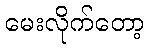
မေးလိုက်တော့